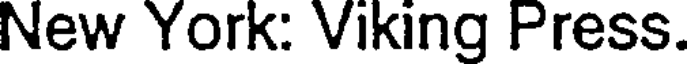
New York: Viking Press.